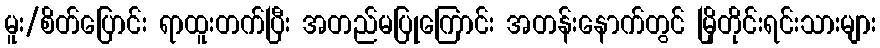
မူး/စိတ်ပြောင်း ရာထူးတက်ပြီး အတည်မပြုကြောင်း အတန်းနောက်တွင် မြိုတိုင်းရင်းသားများ